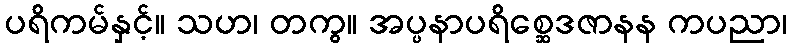
ပရိကမ်နှင့်။ သဟ၊ တကွ။ အပ္ပနာပရိစ္ဆေဒဇာနန ကပညာ၊